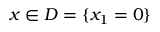
x \in D = \{ x _ { 1 } = 0 \}